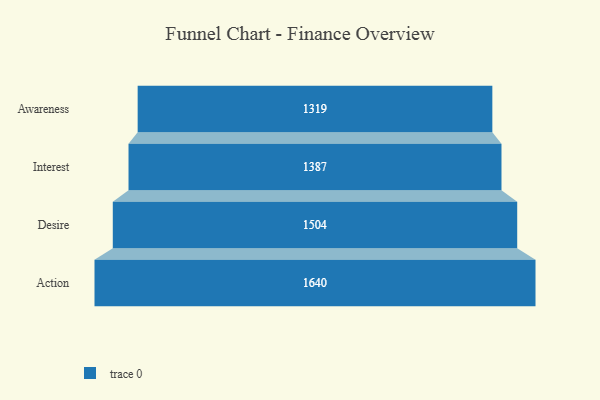
{"axis": {"x": "Stage", "y": "Value"}, "legend": [""], "data": [{"x": "Awareness", "y": 1319.0, "type": ""}, {"x": "Interest", "y": 1387.0, "type": ""}, {"x": "Desire", "y": 1504.0, "type": ""}, {"x": "Action", "y": 1640.0, "type": ""}]}